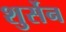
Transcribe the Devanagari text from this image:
शुर्सेन